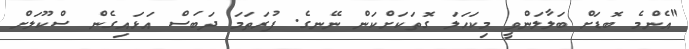
"އެންމެ ބޮޑަށް ބަލާލަންވީ މިކަހަލަ ގޮތަކަށްކަން ނޭނގެ. ފުރަތަމަ ދަބަސް އަޅައިގެން ސްކޫލަށް